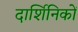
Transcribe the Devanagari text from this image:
दार्शिनिकों